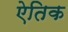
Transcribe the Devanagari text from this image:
ऐतिक